Scientific memoirs by medical officers of the Army of India - Part XII,
Year: 1901
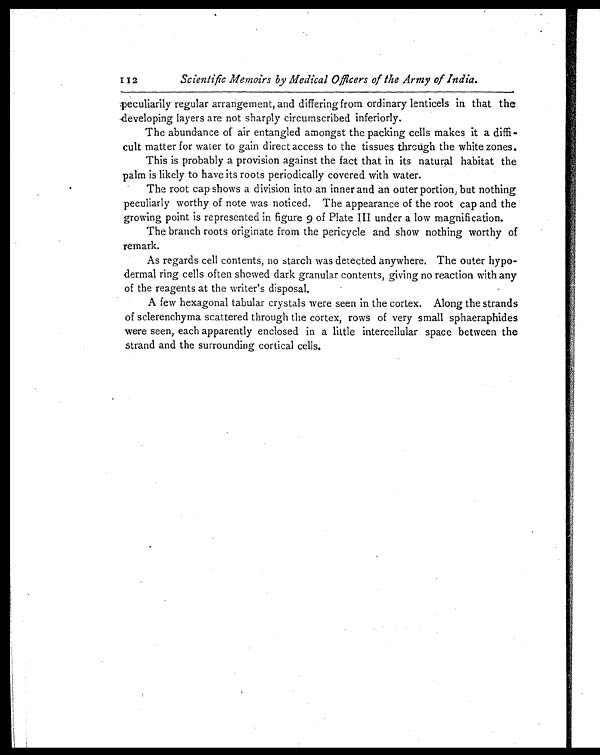
Scientific Memoirs by Medical Officers of the Army of India.
peculiarily regular arrangement, and differing from ordinary lenticels in that the
developing layers are not sharply circumscribed inferiorly.
The abundance of air entangled amongst the packing cells makes it a diffi
-cult matter for water to gain direct access to the tissues through the white zones.
This is probably a provision against the fact that in its natural habitat the
palm is likely to have its roots periodically covered with water.
The root cap shows a division into an inner and an outer portion, but nothing
peculiarly worthy of note was noticed. The appearance of the root cap and the
growing point is represented in figure 9 of Plate III under a low magnification.
The branch roots originate from the pericycle and show nothing worthy of
remark.
As regards cell contents, no starch was detected anywhere. The outer hypo
-dermal ring cells often showed dark granular contents, giving no reaction with any
of the reagents at the writer's disposal.
A few hexagonal tabular crystals were seen in the cortex. Along the strands
of sclerenchyma scattered through the cortex, rows of very small sphaeraphides
were seen, each apparently enclosed in a little intercellular space between the
strand and the surrounding cortical cells.
112